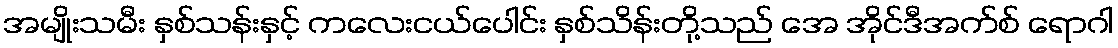
အမျိုးသမီး နှစ်သန်းနှင့် ကလေးငယ်ပေါင်း နှစ်သိန်းတို့သည် အေ အိုင်ဒီအက်စ် ရောဂါ